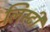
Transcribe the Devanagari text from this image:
लिस्टी